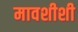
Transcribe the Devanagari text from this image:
मावशीशी